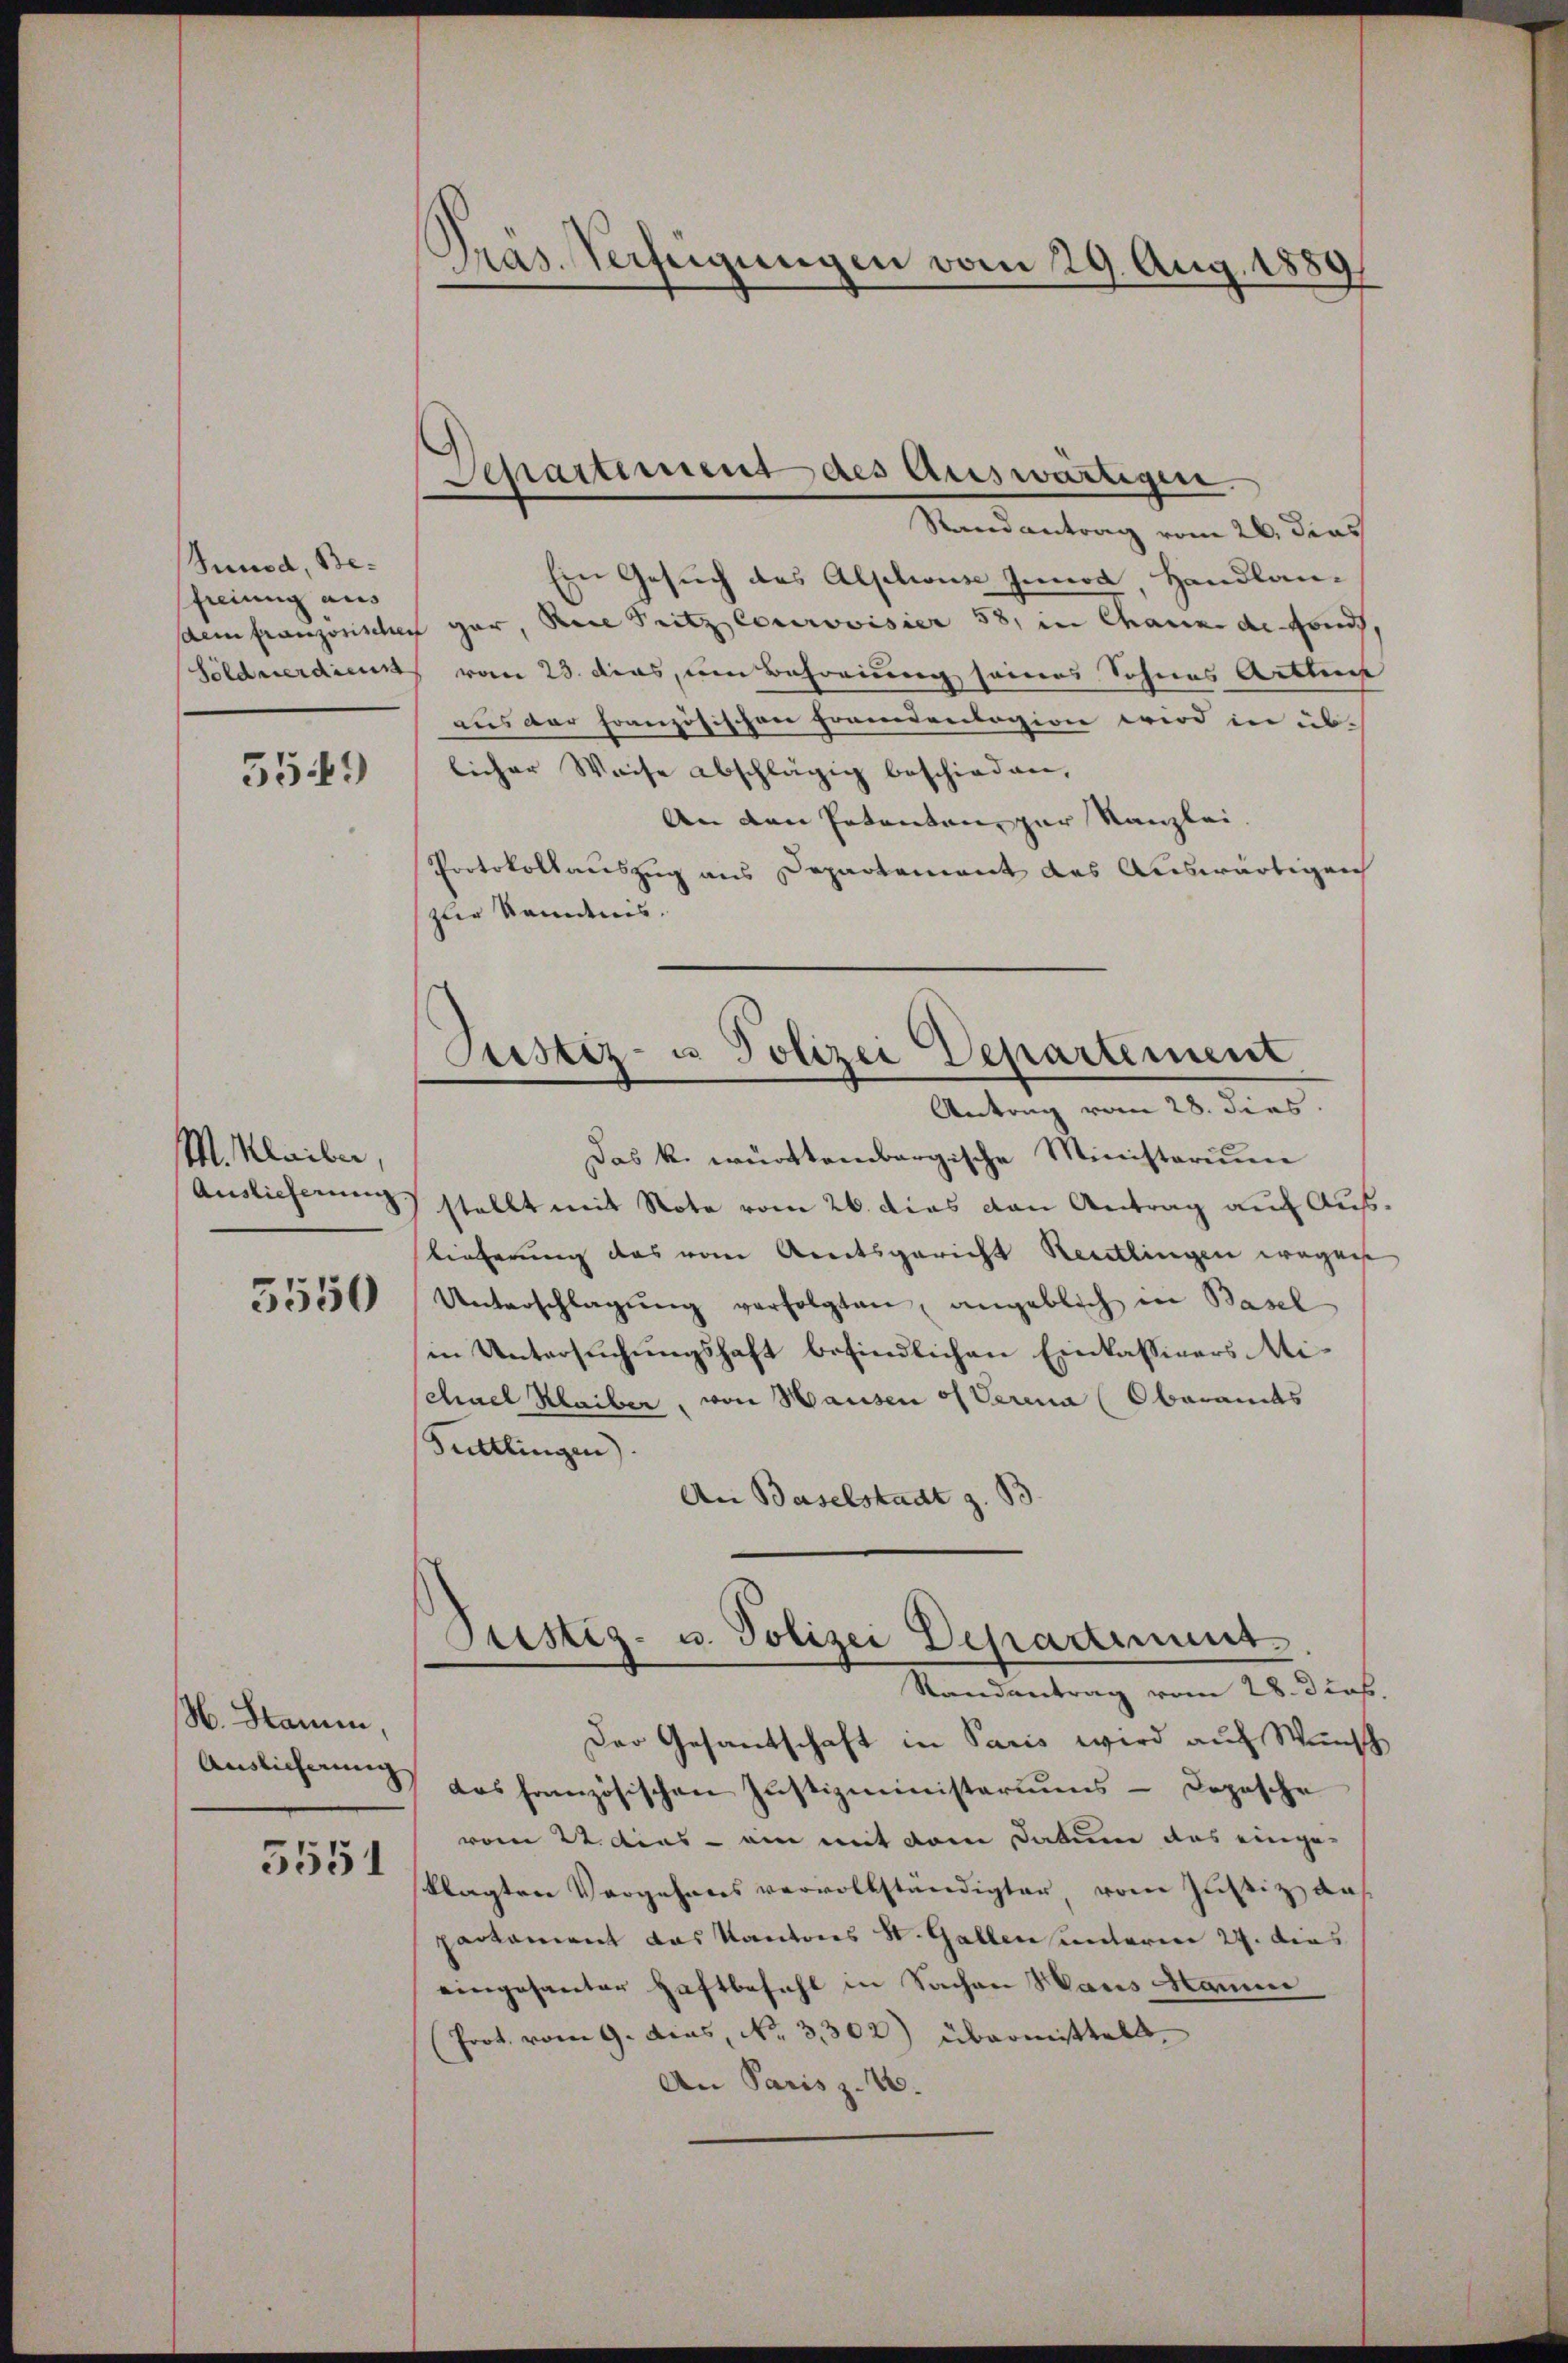
Junod, Befreiung aus
sdem französischen
Söldnerdien

3549

M. Klaiber
Auslieferung.

3550

H. Stamm,
Auslicherung

3551

Pras. Verfeigungen vom 29. Aug. 1889

Departement des Auswärtigen.

Randantrag vom 26. dies
Ein Gesuch des Alplius Innod, Handlangar, Rece Pritz courovisier 58, in Chaux de fonds
vom 23. dies, um Behöriung seines Sohnes Arthun
aus der Französischen Frandentagion wird in üb-
licher Weise abschlägig beschieden,
An den Petenten, zur Kanzlei
Protokollauszug aus Departement des Auswärtigen
zur Kandnis.
Justiz- u Polizei Departement.
Antrag vom 28. dies.
Das k. württembergische Ministerium
stellt mit Note vom 26. dies den Antrag auf Auslieferung das vom Areitsgericht Reutlingen wegen
Unterschlagŭng verfolgten, angeblich in Basel
in Untersuchungshaft befindlichen Einkassivers Mischael Klaiber, von Hausen of Verina (Oberamts
Tuttlingen)
An Baselstadt z. B.

Justiz- u. Polizei Departement.
Randantrag vom 28. Dies

Der Gesandschaft in Paris wird auf Wunsch
das französischen Justizministeriums - Dopische
vom 22. dies - ein mit dem Datum das einge-
klagten Vorgehens vervollständigter vom Justiz an
partement das Kantons St. Gallen unterm 24. dies
eingesanter Haftbefehl in Sachen Haus Manne
(Prot. vom 9. das, No. 3302) übermittels,
An Paris z. 16.